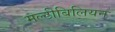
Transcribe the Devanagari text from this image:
मल्टीबिलियन